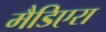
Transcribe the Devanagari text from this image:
मैडिएरा